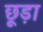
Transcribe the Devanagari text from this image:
छूड़ा